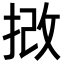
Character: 𢭮